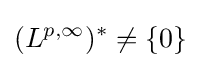
(L^{p,\infty })^{*}\neq \{0\}